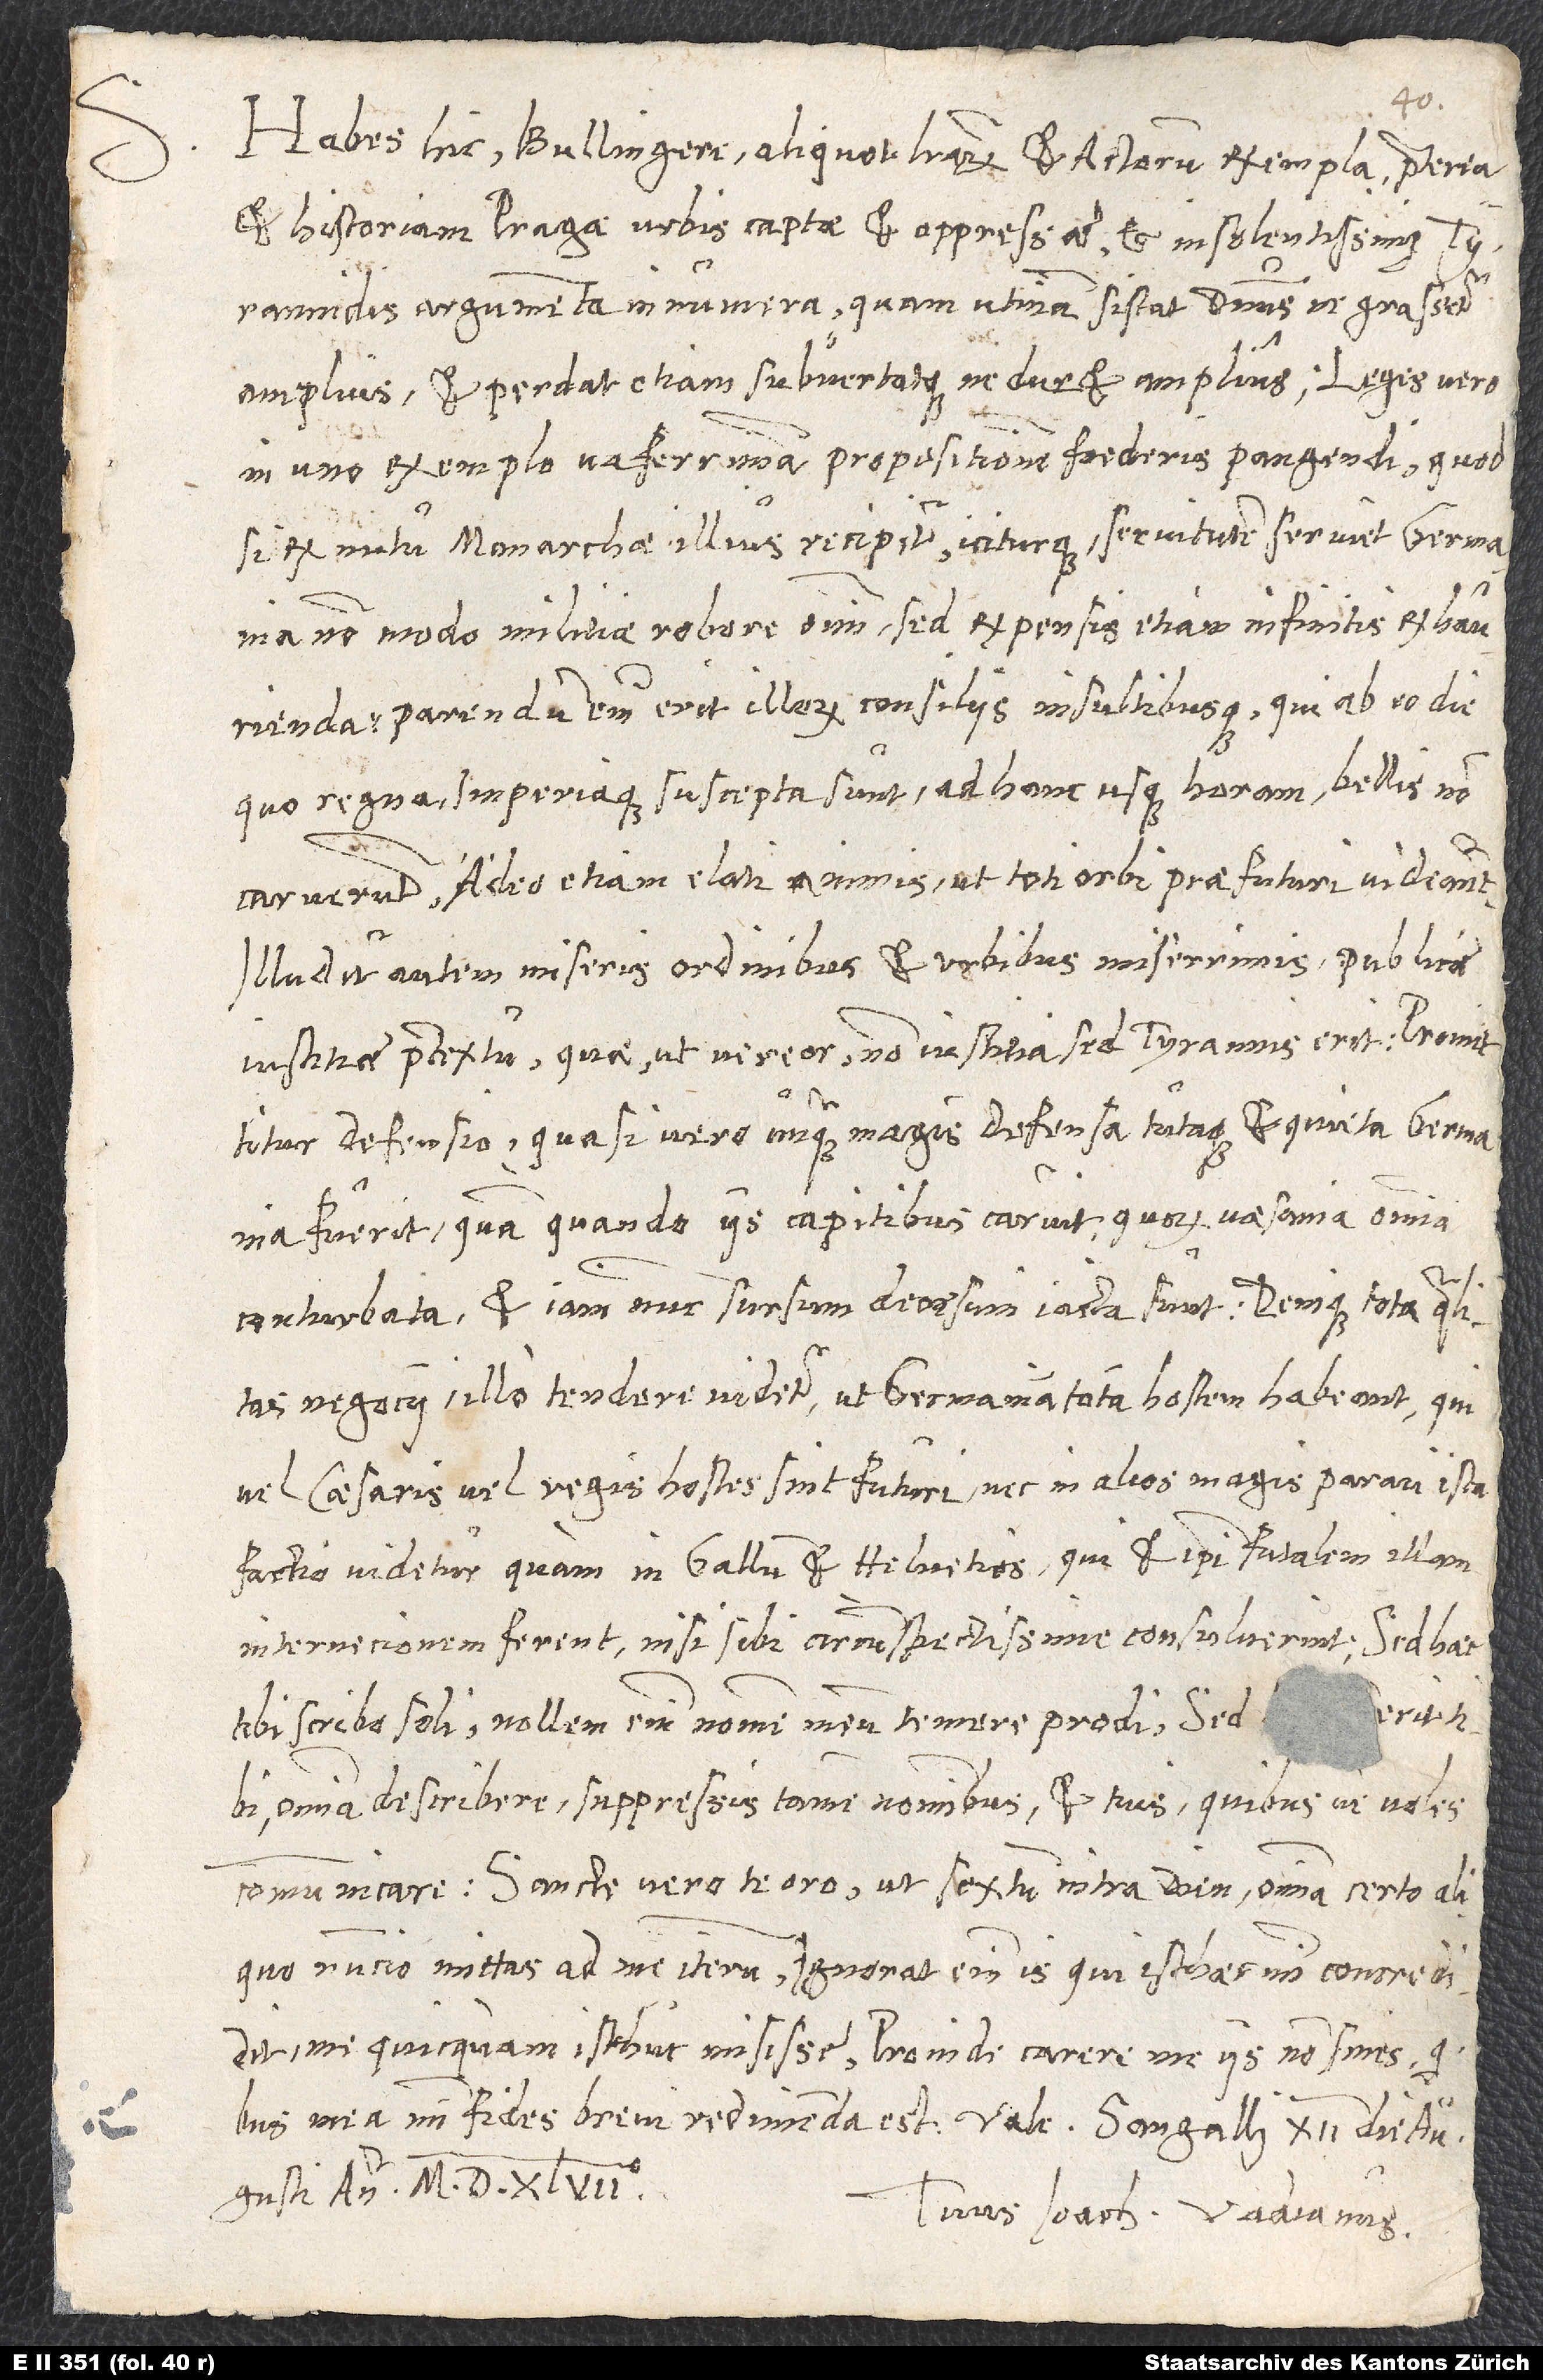
Habes hic, Bullingere, aliquot literarum et actorum exempla, praeterea
et historiam Pragae urbis captae et oppressae et insolentissimę
tyrannidis argumenta innumera, quam, utinam sistat dominus, ne grassatur
amplius, et perdat etiam, subvertatque, ne duret amplius!
in uno exemplo vaferrimam propositionem foederis pangendi, quod
si ex nutu monarchae illius recipitur iciturque, servitutem serviet Germania
non modo militiae robore omni, sed expensis etiam infinitis exhaurienda.
Parendum enim erit illorum consiliis insultibusque, qui ab eo die,
quo regna imperiaque suscepta sunt, ad hanc usque horam bellis non
caruerunt, adeo etiam elati animis, ut toti orbi praefuturi videantur.
Illuditur autem miseris ordinibus et urbibus miserrimis publicae
iustitiae praetextu, quae, ut vereor, non iustitia, sed tyrannis erit. Promittitur
defensio, quasi vero unquam magis defensa tutaque et quieta Germania
fuerit, quam quando iis capitibus caruit, quorum vaesania omnia
S.
conturbata et iam nunc sursum deorsum iacta sunt. Denique tota qualitas
negocii illo tendere videtur, ut Germaniam totam hostem habeant, qui
vel caesaris vel regis hostes sint futuri, nec in alios magis parari ista
factio videtur quam in Gallum et Helvetios, qui et ipsi fatalem illam
internecionem ferent, nisi sibi circumspectissime consuluerint.
tibi scribo soli. Nollem enim nomen meum temere prodi. Sed l erit tibi
omnia describere, suppressis tamen nominibus, et tuis, quibusve voles,
communicare. Sancte vero te oro, ut sextum intra diem omnia certo aliquo
nuncio mittas ad me iterum. Ignorat enim is, qui isthaec mihi concredidit,
me quicquam isthuc misisse. Proinde carere me iis non sines, quibus
mea mihi fides brevi redimenda est.
augusti anno 1547.
Tuus Ioachimus Vadianus.